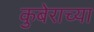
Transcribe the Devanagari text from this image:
कुबेराच्या